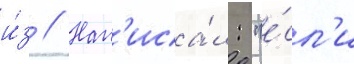
и́з // Нап'иса́л: "е́сл'и